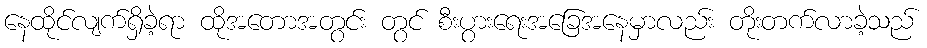
နေထိုင်လျက်ရှိခဲ့ရာ ထိုအတောအတွင်း တွင် စီးပွားရေးအခြေအနေမှာလည်း တိုးတက်လာခဲ့သည်